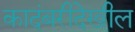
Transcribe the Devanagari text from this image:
कादंबरीदेखील